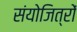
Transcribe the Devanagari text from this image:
संयोजित्रों